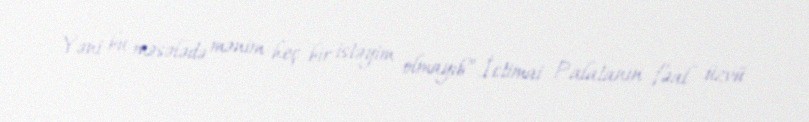
Yəni bu məsələdə mənim heç bir istəyim olmayıb”.İctimai Palatanın fəal üzvü